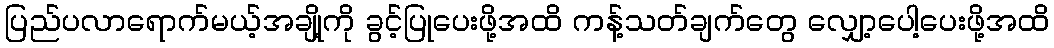
ပြည်ပလာရောက်မယ့်အချို့ကို ခွင့်ပြုပေးဖို့အထိ ကန့်သတ်ချက်တွေ လျှော့ပေါ့ပေးဖို့အထိ